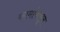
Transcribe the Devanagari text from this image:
कामांपासून